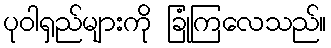
ပုဝါရှည်များကို ခြုံကြလေသည်။